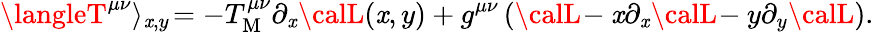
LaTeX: \langleT^{\mu\nu}\rangle_{\mathit{x},y}\! =-T_{\mathrm{{M}}}^{\mu\nu}\partial_{\mathit{x}}{\calL}(\mathit{x},y)+g^{\mu\nu}\, ({\calL}\! -\mathit{x}\partial_{\mathit{x}}{\calL}\! -y\partial_{y}{\calL}).